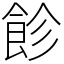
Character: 飻